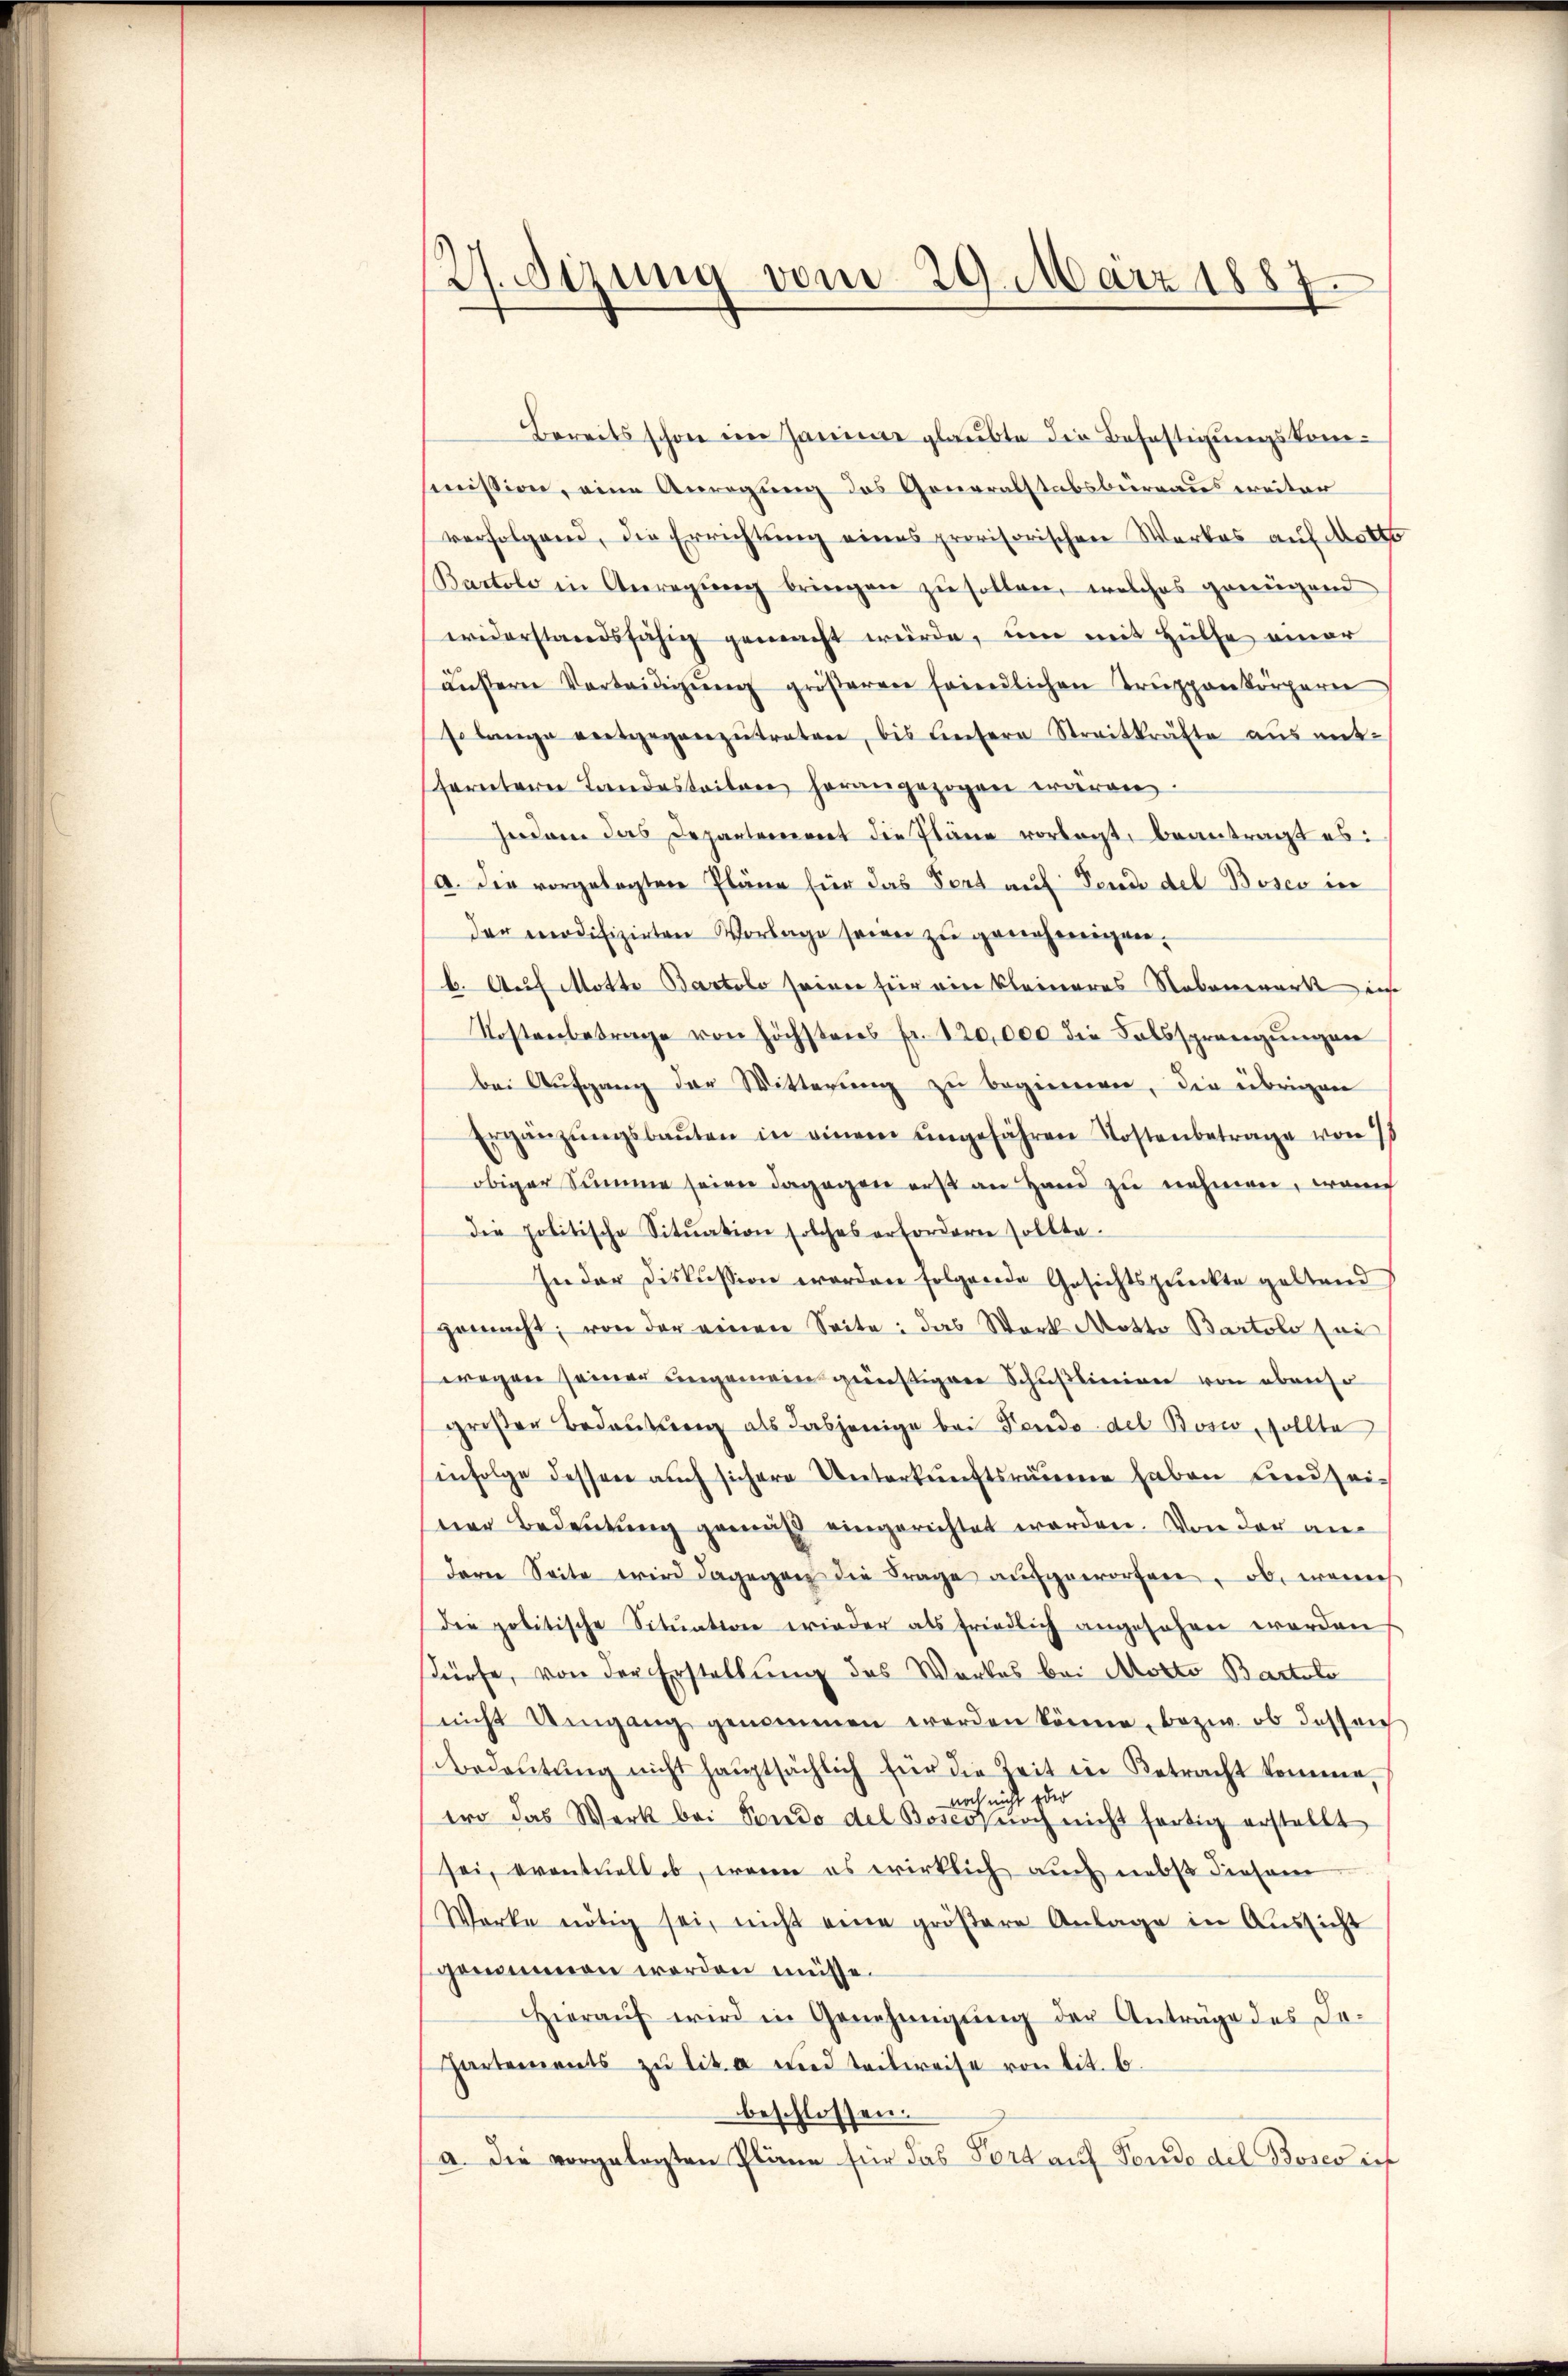
27. Sitzung vom 29. März 1887.

Bereits schon ein Jamme glaubte die Befestigungskomsmission, eine Anregung des Generalstabsbureaus weiter
verfolgend, die Errichtung eines provisorischen Werkes auf dokto
Bartolo in Anregŭng bringen zu sollen, welches genügend
widerstandsfähig gemacht würde, um mit Hülfe einer
unsern Verteidigŭng gröβeren feindlichen Trŭppenkörpern
so lange entgegenzŭtreten, bis untere Streitkräfte aŭs mit-
ferntere Landesteilen herangezogen wären.
Fordern das Departerriert die Pläne vorlegt, beantragt es:
(a. Die vorgelegten Pläne für das Fort auf Tende del Boses in
der modifizirten Vorlage seien zu genehmigen.
b. Auf Motte Bartolo seiner für ein kleineres Nebenmark in
Kostenbetrage von höchstens fr. 120,000 die Falssprangungen
bei Aufgang der Witterŭng zu beginnen, die übrigen
Ergänzŭngsbaŭten in einem ungefähren Kostenbetrage von
obiger Summe seien dagegen erst an Hand zu nehmen, weich
die politische Sitŭation solches erfordern sollte.
In der Diskussion worden folgende Gesichtspunckte geltend
gemacht; von der einen Seite: das Werk Motto Bartolo sei
wegen seiner ungemein günstigen Schußlinien von ebenso
groβen Bedeutung als dasjenige bei Tende des Boswo, sollte
infolge dessen auch sichere Unterkunftsräume haben und seiner Bedeutung gemäß eingerichtet worden. Von der andaren Seite wird dagegen die Frage aŭfgeworfen, ob, wenns
die politische Sitŭation wieder als friedlich angesehen worden
dürfe, von der Erstellung des Werkes bei Motto Bartolo
nicht Umgang genommen werden könne, bezw. ob dessen
Bedeutung nicht hauptsächlich für die Zeit in Betracht kommen,
noch nicht oder
tro das Werk bei Pondo del Boses noch nicht fertig erstellt
sei, eventuelles, wenn es wirklich auch nebst diesem
Werke nötig sei, nicht eine gröβere Anlage in Aŭssicht
gemeinen werden müsse.
Hieraŭf wird in Genehmigŭng der Anträge des De-
Partements zu lit. a und teilweise von lit. b.
beschlossen.
a. Die vorgelegten Pläne für das Fort auf Fonde del Boserief